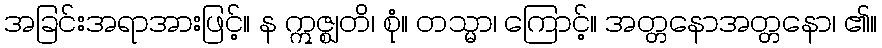
အခြင်းအရာအားဖြင့်။ န ဣဇ္ဈတိ၊ စုံ။ တသ္မာ၊ ကြောင့်။ အတ္တနောအတ္တနော၊ ၏။